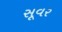
સૂવર